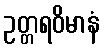
ဥတ္တရဝိမာနံ